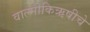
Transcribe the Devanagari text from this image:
वाल्मीकिऋषीचे